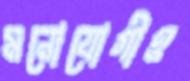
মনোযোগীও